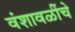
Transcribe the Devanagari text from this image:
वंशावळींचे